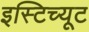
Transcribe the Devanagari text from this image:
इस्‍टिच्‍यूट